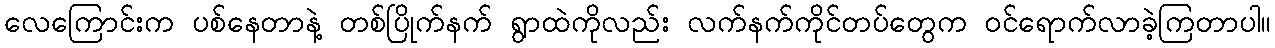
လေကြောင်းက ပစ်နေတာနဲ့ တစ်ပြိုက်နက် ရွာထဲကိုလည်း လက်နက်ကိုင်တပ်တွေက ဝင်ရောက်လာခဲ့ကြတာပါ။